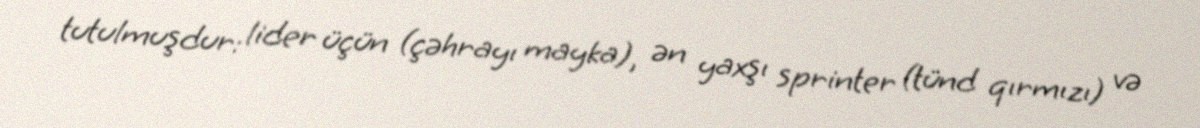
tutulmuşdur: lider üçün (çəhrayı mayka), ən yaxşı sprinter (tünd qırmızı) və